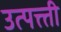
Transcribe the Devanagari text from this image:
उत्पत्त्ती